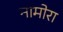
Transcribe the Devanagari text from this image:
नामोरा